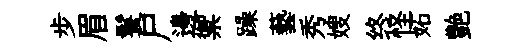
步眉鬟尸邊禦躁藝秀嫂终怪妬艶